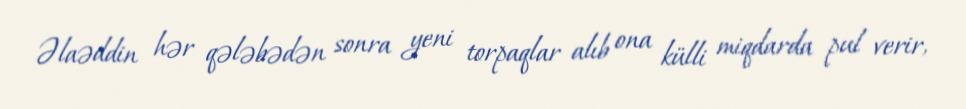
Əlaəddin hər qələbədən sonra yeni torpaqlar alıb ona külli miqdarda pul verir,